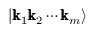
| \pmb { \mathrm { k } } _ { 1 } \pmb { \mathrm { k } } _ { 2 } \cdots \pmb { \mathrm { k } } _ { m } \rangle